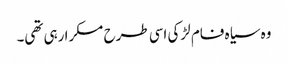
وہ سیاہ فام لڑکی اسی طرح مسکرا رہی تھی۔